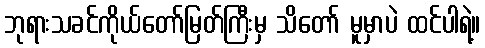
ဘုရားသခင်ကိုယ်တော်မြတ်ကြီးမှ သိတော် မူမှာပဲ ထင်ပါရဲ့။